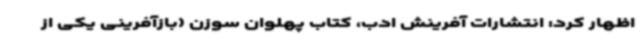
اظهار کرد: انتشارات آفرینش ادب، کتاب پهلوان سوزن (بازآفرینی یکی از